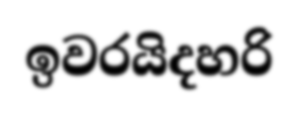
ඉවරයිදහරි